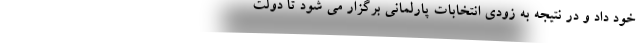
خود داد و در نتیجه به زودی انتخابات پارلمانی برگزار می شود تا دولت